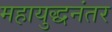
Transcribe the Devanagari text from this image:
महायुद्धनंतर